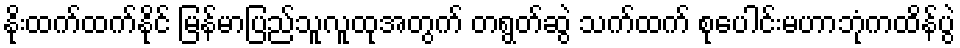
နိုးထက်ထက်နိုင် မြန်မာပြည်သူလူထုအတွက် တရွတ်ဆွဲ သက်ထက် စုပေါင်းမဟာဘုံကထိန်ပွဲ